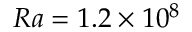
R a = 1 . 2 \times 1 0 ^ { 8 }